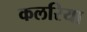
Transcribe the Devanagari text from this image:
कलरिया